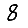
Digit: 8